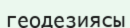
геодезиясы